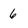
Character: 6